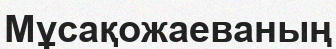
Мұсақожаеваның